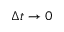
\Delta t \rightarrow 0